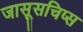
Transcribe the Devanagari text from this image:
जासूसचिप्स